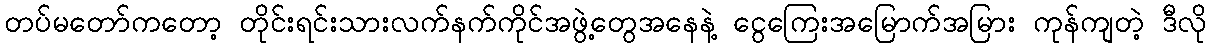
တပ်မတော်ကတော့ တိုင်းရင်းသားလက်နက်ကိုင်အဖွဲ့တွေအနေနဲ့ ငွေကြေးအမြောက်အမြား ကုန်ကျတဲ့ ဒီလို